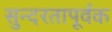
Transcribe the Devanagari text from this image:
सुन्दरतापूर्वक